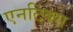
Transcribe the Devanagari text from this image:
एनटिक्स